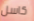
كاسل